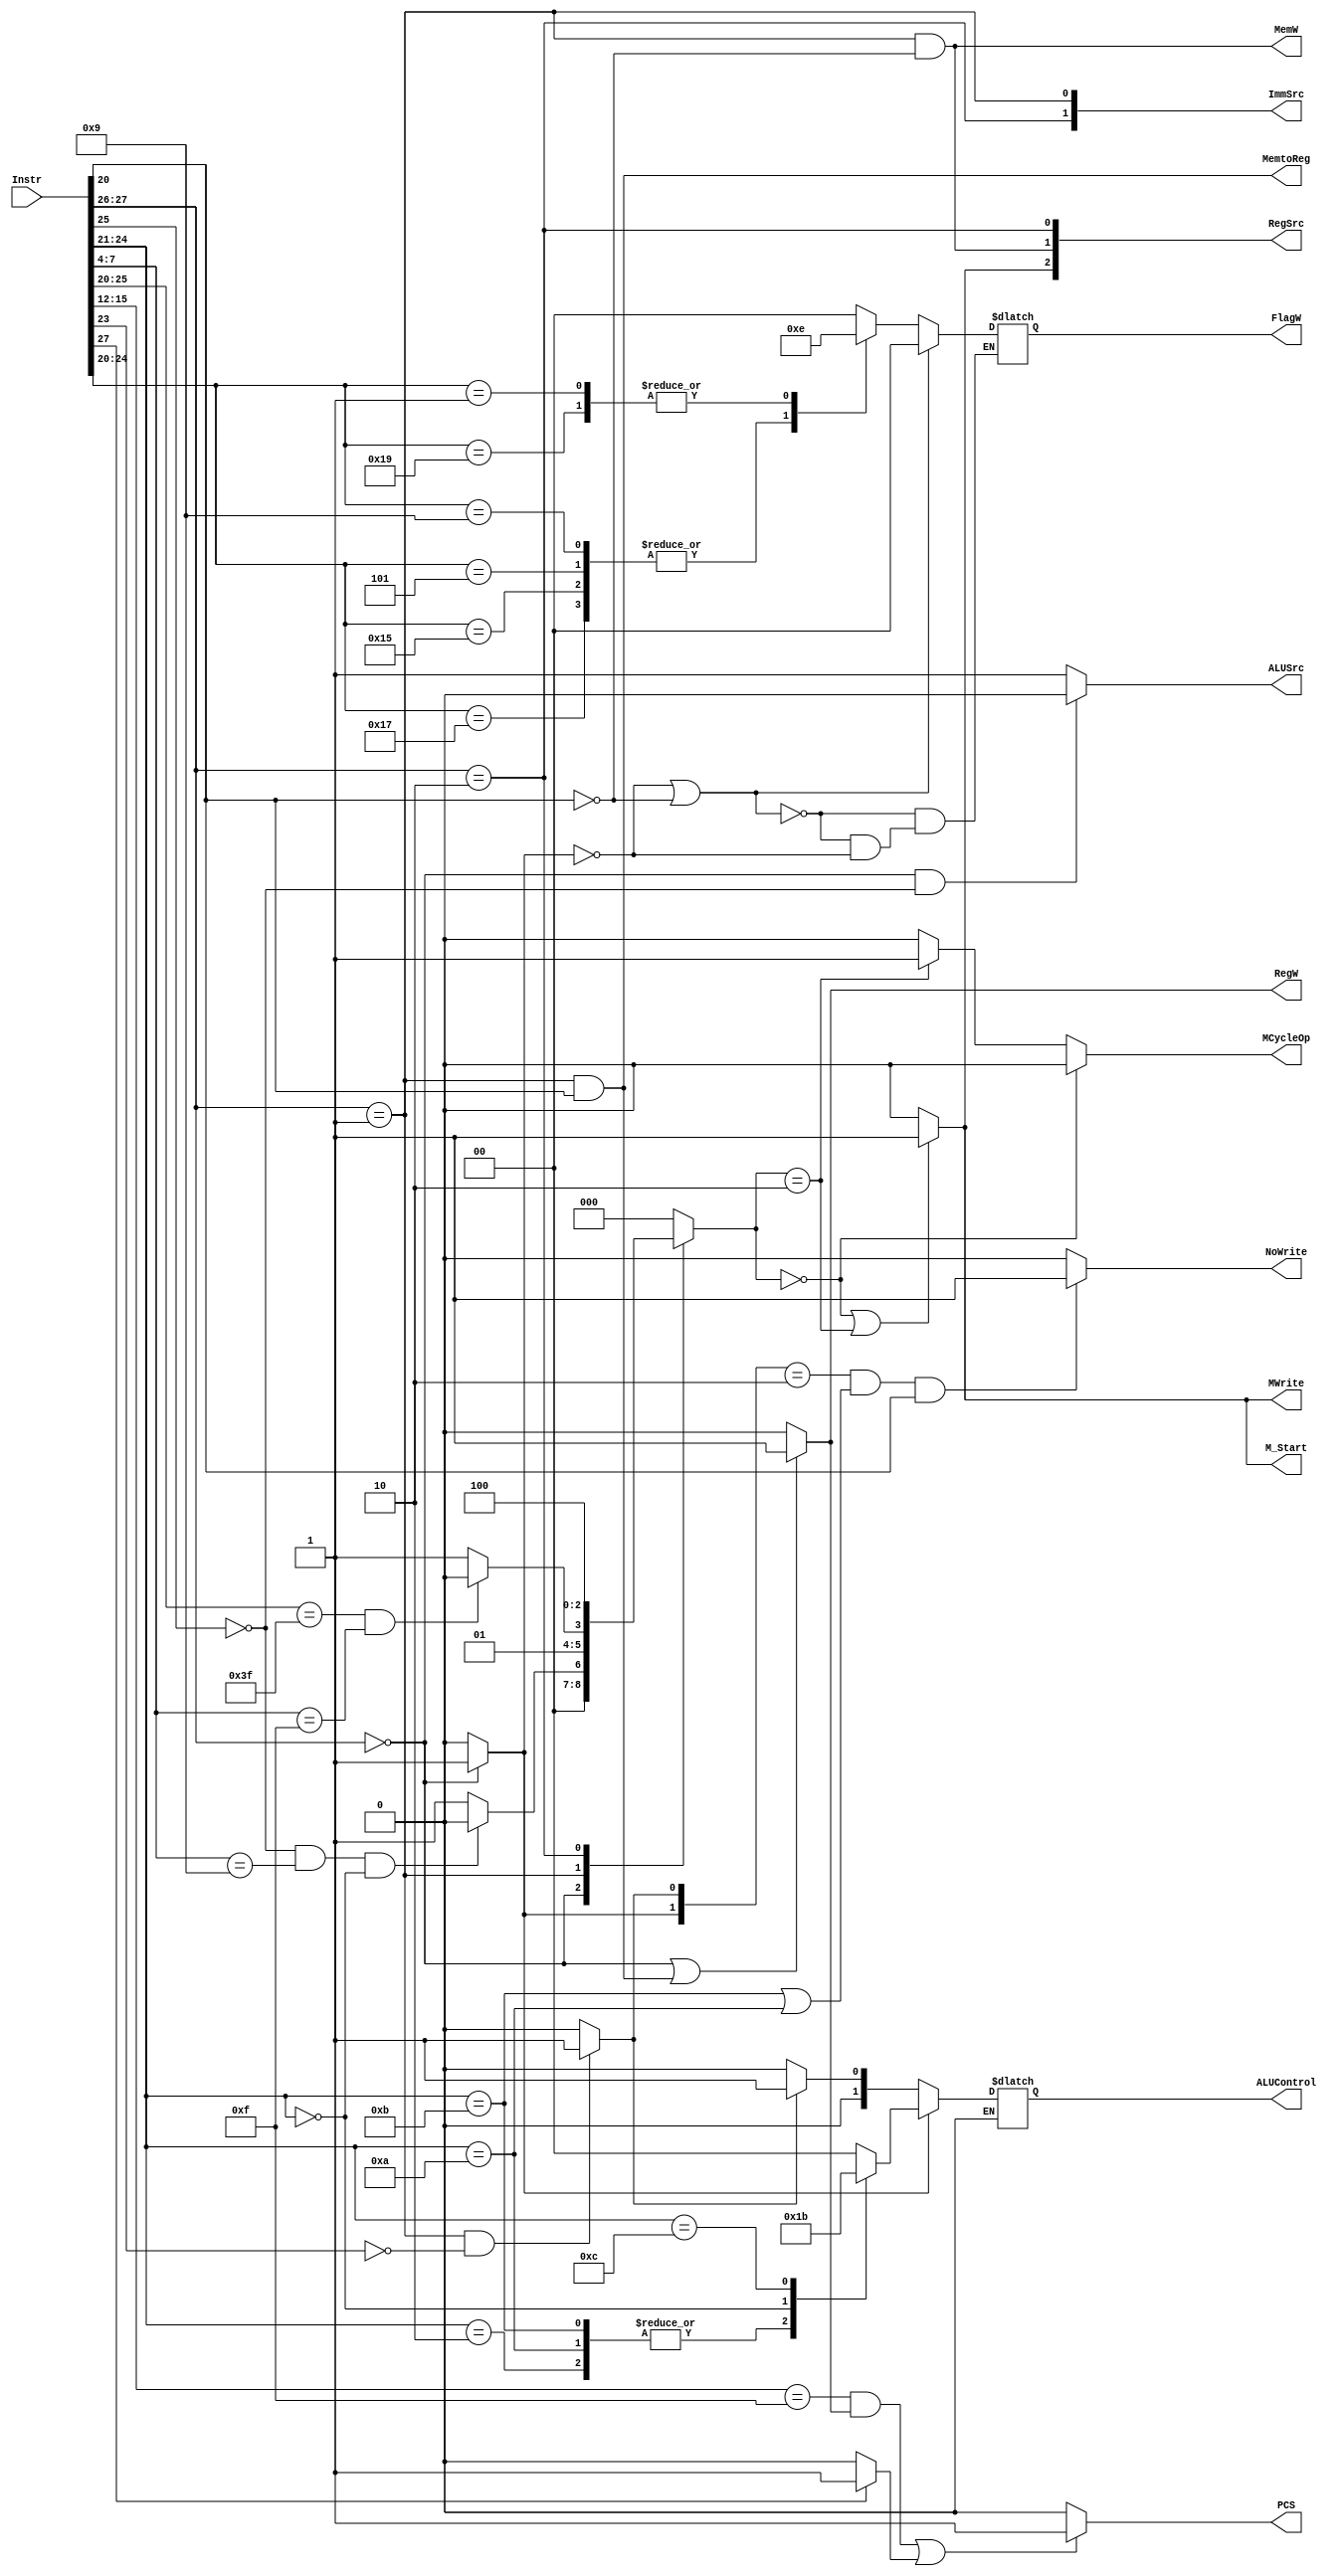
module Decoder(
    input [31:0] Instr,
    output PCS,
    output RegW, //
    output MemW, //
    output MemtoReg,//
    output ALUSrc,//
    output [1:0] ImmSrc,//
    output [2:0] RegSrc,//
    output NoWrite,
    output M_Start,
    output MWrite,
    output MCycleOp,
    output reg [1:0] ALUControl,//
    output reg [1:0] FlagW//
    ); 
    
    reg [1:0]ALUOp ; 
    reg Branch ;
    reg [2:0] Mode;
   
    //Instr[23] functu- u=0 + u= 1,ALUOp0-    1+
   
  
    assign RegW = ((Instr[27:26]==2'b00) ||(Instr[27:26]==2'b01 && Instr[20]==1'b1 ) ) ? 1'b1: 1'b0;
    assign MemW = (Instr[27:26]==2'b01 && Instr[20]==1'b0);
    assign MemtoReg = (Instr[27:26]==2'b01 && Instr[20]==1'b1);
    assign ALUSrc = (Instr[27:26]==2'b00 && Instr[25]==1'b0) ? 1'b0: 1'b1;
    assign ImmSrc[1] = (Instr[27:26]==2'b10);
    assign ImmSrc[0] = (Instr[27:26]==2'b01);
    assign RegSrc[1] = (Instr[27:26]==2'b01 && Instr[20]==1'b0);
    assign RegSrc[0] = (Instr[27:26]==2'b10);
    assign RegSrc[2] = ((Mode == 3'b000) || (Mode == 3'b010)) ? 1'b1 : 1'b0;
   
    assign NoWrite = (ALUOp==2'b10 && (Instr[24:21]==4'b1011 || Instr[24:21]==4'b1010) && Instr[20]) ? 1'b1 : 1'b0;
    
    assign M_Start = ((Mode == 3'b000) || (Mode == 3'b010)) ? 1'b1 : 1'b0;
    assign MWrite = ((Mode == 3'b000) || (Mode == 3'b010)) ? 1'b1 : 1'b0;
    assign MCycleOp = (Mode == 3'b000) ? 1'b0 : (Mode == 3'b010) ? 1'b1 :1'b0;
    
    always@(*) begin
      case(Instr[27:26])
          2'b00:begin
              if(Instr[25] == 0 && Instr[7:4] == 4'b1001 && Instr[24:21] == 4'b0000)     
                  Mode = 3'b000; //MUL
              else
                  Mode = 3'b001; //DP
          end
          2'b01:begin
              if(Instr[25:20] == 6'b111111 && Instr[7:4] == 4'b1111)
                  Mode = 3'b010; //DIV
              else
                  Mode = 3'b011; //MEM
          end
          2'b10: 
              Mode = 3'b100; //B
          default:
              Mode = 3'b000;
      endcase
    end
    
    always@(*) begin
        if(Instr[27]==1) begin
            Branch = 1'b1;
        end
        else begin
            Branch = 1'b0;
        end
    end
    //ALUOpDFDF 0- 1+
    always@(*) begin
        if(Instr[27:26] == 2'b00) begin
            ALUOp[1] = 1'b1;
        end
        else begin 
            ALUOp[1] = 1'b0;
        end

        if(Instr[27:26] == 2'b01 && !Instr[23]) begin
            ALUOp[0] = 1'b1;
        end
        else begin 
            ALUOp[0] = 1'b0;
        end
         
    end
    
    
    //PC Logic
    assign PCS = ((Instr[15:12] == 4'b1111 && RegW) || (Branch == 1'b1 )) ? 1'b1 : 1'b0;
    //ALUDecoder
    always@(*) begin
        if(ALUOp[1]==1'b1) begin
            case(Instr[24:21])
                4'b0100:
                    ALUControl = 2'b00;
                4'b0010,4'b1010,4'b1011:
                    ALUControl = 2'b01;
                4'b0000:
                    ALUControl = 2'b10;
                4'b1100:
                    ALUControl = 2'b11;
                default:
                    ALUControl = 2'b00;
            endcase
        end
        else if (ALUOp[1] == 1'b0) begin
            if (ALUOp[0] == 1'b0) begin
                ALUControl = 2'b00;
            end
            else if (ALUOp[0] == 1'b1) begin
                ALUControl = 2'b01;
            end
        end
    end
    
    always@(*) begin 
        if(ALUOp[1] == 1'b0 || Instr[20] == 1'b0) begin
            FlagW = 2'b00;
        end
        else if (ALUOp[1] == 1'b1) begin
            case(Instr[24:20])
                5'b01001,5'b00101,5'b10101,5'b10111: FlagW = 2'b11;
                5'b00001,5'b11001: FlagW = 2'b10;
            default:  FlagW = 2'b00;
            endcase  
        end
    end
    
  
   
endmodule